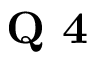
\textbf { Q 4 }